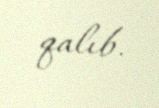
qalıb.